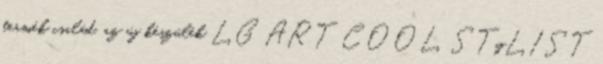
termék család, az új készülék LG ART COOL STyLIST